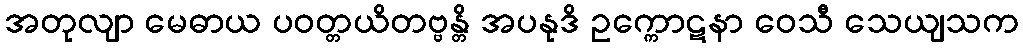
အတုလျာ မေဓာယ ပဝတ္တယိတဗ္ဗန္တိ အပနုဒိ ဥက္ကောဋနာ ဝေသီ သေယျသက